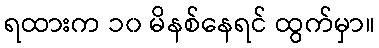
ရထားက ၁၀ မိနစ်နေရင် ထွက်မှာ။